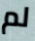
لم